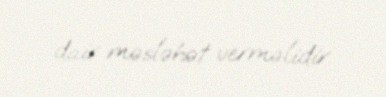
dair məsləhət verməlidir.